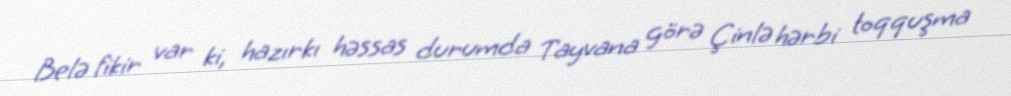
Belə fikir var ki, hazırkı həssas durumda Tayvana görə Çinlə hərbi toqquşma